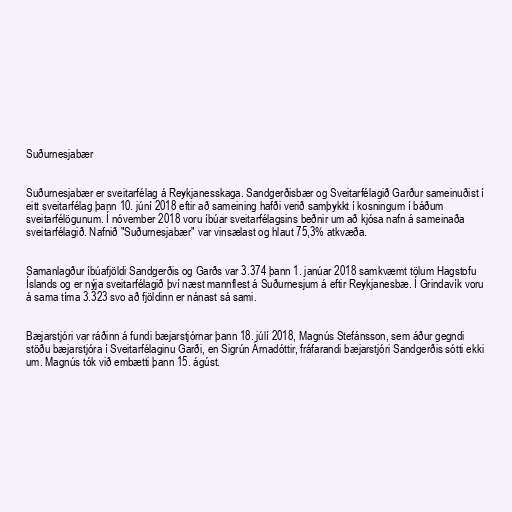
Suðurnesjabær

Suðurnesjabær er sveitarfélag á Reykjanesskaga. Sandgerðisbær og Sveitarfélagið Garður sameinuðist í
eitt sveitarfélag þann 10. júní 2018 eftir að sameining hafði verið samþykkt í kosningum í báðum
sveitarfélögunum. Í nóvember 2018 voru íbúar sveitarfélagsins beðnir um að kjósa nafn á sameinaða
sveitarfélagið. Nafnið "Suðurnesjabær" var vinsælast og hlaut 75,3% atkvæða.

Samanlagður íbúafjöldi Sandgerðis og Garðs var 3.374 þann 1. janúar 2018 samkvæmt tölum Hagstofu
Íslands og er nýja sveitarfélagið því næst mannflest á Suðurnesjum á eftir Reykjanesbæ. Í Grindavík voru
á sama tíma 3.323 svo að fjöldinn er nánast sá sami.

Bæjarstjóri var ráðinn á fundi bæjarstjórnar þann 18. júlí 2018, Magnús Stefánsson, sem áður gegndi
stöðu bæjarstjóra í Sveitarfélaginu Garði, en Sigrún Árnadóttir, fráfarandi bæjarstjóri Sandgerðis sótti ekki
um. Magnús tók við embætti þann 15. ágúst.